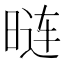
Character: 𰖏